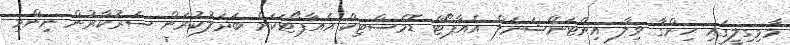
މާމިގިލީގައި ހިންގާ ވިލާ އިންޓަނޭޝަނަލް އެއާޕޯޓް ޑޮމެސްޓިކް އެއާޕޯޓަކަށް ބަދަލުކުރަން ސަރުކާރުން ނިންމި